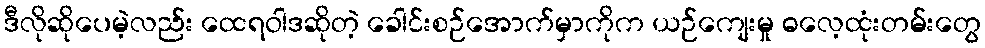
ဒီလိုဆိုပေမဲ့လည်း ထေရဝါဒဆိုတဲ့ ခေါင်းစဉ်အောက်မှာကိုက ယဉ်ကျေးမှု ဓလေ့ထုံးတမ်းတွေ